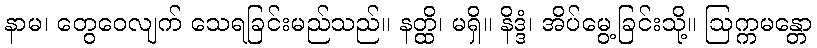
နာမ၊ တွေဝေလျက် သေရခြင်းမည်သည်။ နတ္ထိ၊ မရှိ။ နိဒ္ဒံ၊ အိပ်မွေ့ခြင်းသို့။ ဩက္ကမန္တော